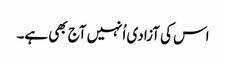
اس کی آزادی اُنہیں آج بھی ہے۔